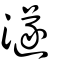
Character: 澻